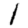
Digit: 1